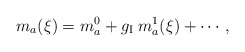
\begin{align*}m_a(\xi) = m_a^0 + g_{\rm I}\; m_a^1(\xi) + \cdots , \end{align*}